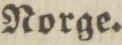
Norge.